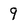
Character: 9